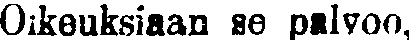
Oikeuksiaan se palvoo,